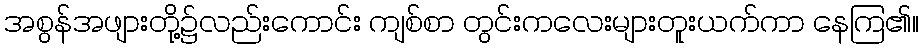
အစွန်အဖျားတို့၌လည်းကောင်း ကျစ်စာ တွင်းကလေးများတူးယက်ကာ နေကြ၏။